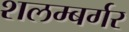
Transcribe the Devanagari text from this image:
शलम्बर्गर